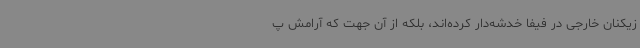
زیکنان خارجی در فیفا خدشه‌دار کرده‌اند، بلکه از آن جهت که آرامش پ